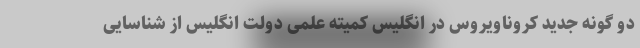
دو گونه جدید کروناویروس در انگلیس کمیته علمی دولت انگلیس از شناسایی